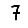
Digit: 7